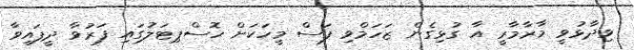
ވިދާޅުވީ މާރާމާރީ އާ ގުޅިގެން ޒަހަމްވި ފަސް މީހަކަށް ހޮސްޕިޓަލުގައި ފަރުވާ ދީފައިވާ